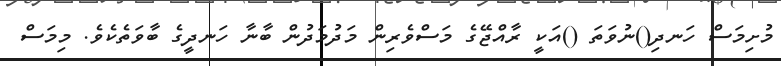
މުށިމަސް ހަނދި()ނުވަތަ ()އަކީ ރާއްޖޭގެ މަސްވެރިން މަދުމަދުން ބާނާ ހަނދީގެ ބާވަތެކެވެ. މިމަސް